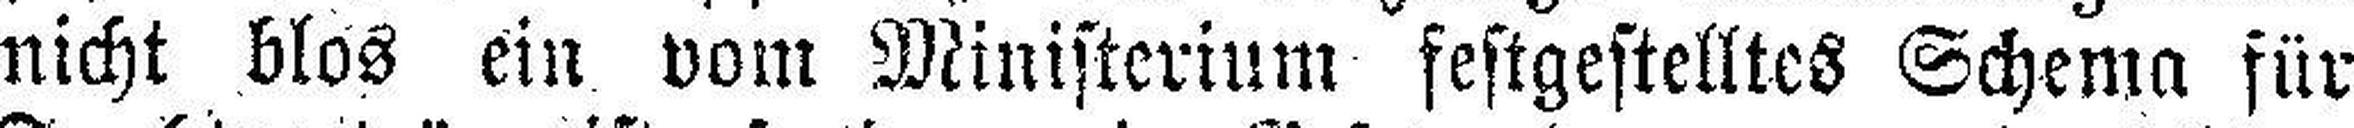
nicht blos ein vom Ministerium festgestelltes Schema für